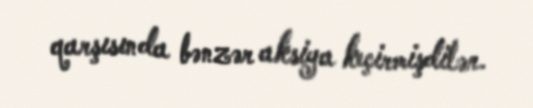
qarşısında bənzər aksiya keçirmişdilər.